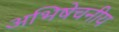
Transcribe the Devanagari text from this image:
अभिषेचनीय